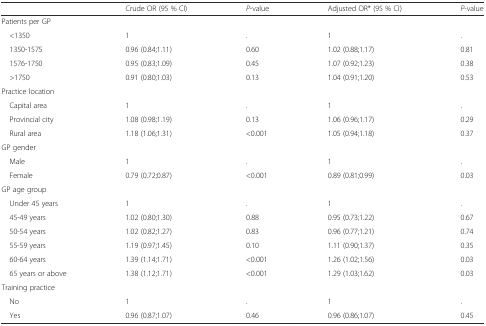
|  | Crude OR (95 % CI) | P-value | Adjusted OR* (95 % CI) | P-value |
 | --- | --- | --- | --- | --- |
 | <COLSPAN=5> Patients per GP |
 | <1350 | 1 | . | 1 | . |
 | 1350-1575 | 0.96 (0.84;1.11) | 0.60 | 1.02 (0.88;1.17) | 0.81 |
 | 1576-1750 | 0.95 (0.83;1.09) | 0.45 | 1.07 (0.92;1.23) | 0.38 |
 | >1750 | 0.91 (0.80;1.03) | 0.13 | 1.04 (0.91;1.20) | 0.53 |
 | <COLSPAN=5> Practice location |
 | Capital area | 1 | . | 1 | . |
 | Provincial city | 1.08 (0.98;1.19) | 0.13 | 1.06 (0.96;1.17) | 0.29 |
 | Rural area | 1.18 (1.06;1.31) | <0.001 | 1.05 (0.94;1.18) | 0.37 |
 | <COLSPAN=5> GP gender |
 | Male | 1 | . | 1 | . |
 | Female | 0.79 (0.72;0.87) | <0.001 | 0.89 (0.81;0.99) | 0.03 |
 | <COLSPAN=5> GP age group |
 | Under 45 years | 1 | . | 1 | . |
 | 45-49 years | 1.02 (0.80;1.30) | 0.88 | 0.95 (0.73;1.22) | 0.67 |
 | 50-54 years | 1.02 (0.82;1.27) | 0.83 | 0.96 (0.77;1.21) | 0.74 |
 | 55-59 years | 1.19 (0.97;1.45) | 0.10 | 1.11 (0.90;1.37) | 0.35 |
 | 60-64 years | 1.39 (1.14;1.71) | <0.001 | 1.26 (1.02;1.56) | 0.03 |
 | 65 years or above | 1.38 (1.12;1.71) | <0.001 | 1.29 (1.03;1.62) | 0.03 |
 | <COLSPAN=5> Training practice |
 | No | 1 | . | 1 | . |
 | Yes | 0.96 (0.87;1.07) | 0.46 | 0.96 (0.86;1.07) | 0.45 |